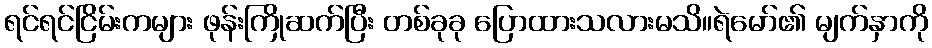
ရင်ရင်ငြိမ်းကများ ဖုန်းကြိုဆက်ပြီး တစ်ခုခု ပြောထားသလားမသိ။ရဲမော်၏ မျက်နှာကို